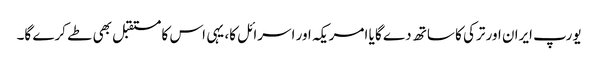
یورپ ایران اور ترکی کا ساتھ دے گا یا امریکہ اور اسرائل کا، یہی اس کا مستقبل بھی طے کرے گا۔